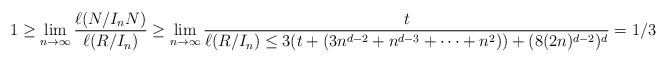
LaTeX: \begin{align*}1 \geq \lim_{n \rightarrow \infty} \dfrac{\ell(N/I_nN)}{\ell(R/I_n)}\geq \lim_{n \rightarrow \infty}\dfrac{t}{\ell(R/I_n) \leq 3({t+(3n^{d-2}+n^{d-3}+\cdots+n^2)})+(8(2n)^{d-2})^d} =1/3\end{align*}